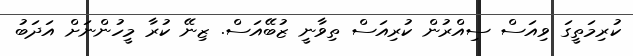
ކުރިމަތީގަ ވިއަސް ސިއްރުން ކުރިއަސް ތިވާނީ ޒުބޭއަސް. ޒިނޭ ކުރާ މީހުންނަށް އަދަބު